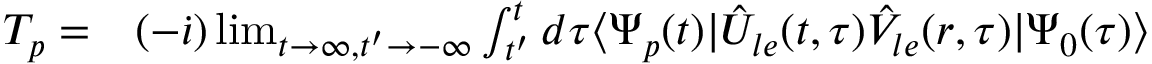
\begin{array} { r l } { T _ { \boldsymbol { p } } = } & { { } ( - \dot { \iota } ) \operatorname* { l i m } _ { t \to \infty , t ^ { \prime } \to - \infty } \int _ { t ^ { \prime } } ^ { t } d \tau \langle \Psi _ { \boldsymbol { p } } ( t ) | \hat { U } _ { l e } ( t , \tau ) \hat { V } _ { l e } ( \boldsymbol { r } , \tau ) | \Psi _ { 0 } ( \tau ) \rangle } \end{array}